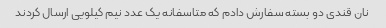
نان قندی دو بسته سفارش دادم که متاسفانه یک عدد نیم کیلویی ارسال کردند